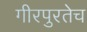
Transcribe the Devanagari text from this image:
गीरपुरतेच